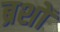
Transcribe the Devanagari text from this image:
ब्रशों